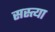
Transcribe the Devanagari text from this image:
सस्त्या